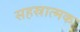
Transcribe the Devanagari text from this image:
सहस्रात्मक